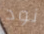
نود